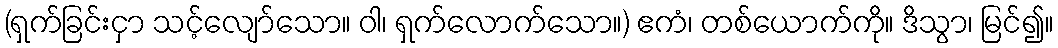
(ရှက်ခြင်းငှာ သင့်လျော်သော။ ဝါ၊ ရှက်လောက်သော။) ဧကံ၊ တစ်ယောက်ကို။ ဒိသွာ၊ မြင်၍။